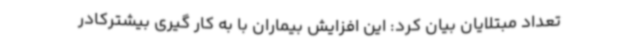
تعداد مبتلایان بیان کرد: این افزایش بیماران با به کار گیری بیشترکادر